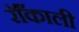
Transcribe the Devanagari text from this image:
रॉँकाली